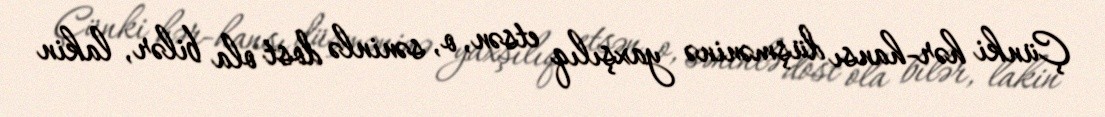
Çünki hər-hansı düşməninə yaxşılıq etsən, o, səninlə dost ola bilər, lakin